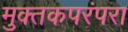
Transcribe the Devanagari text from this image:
मुक्तकपरंपरा